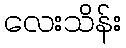
လေးသိန်း